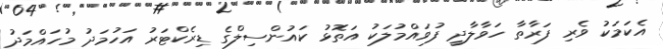
އެކަމަކު ވެރި ފަރާތާ ހަވާލާދީ ފުވައްމުލަކު އަތޮޅު ކައުންސިލްގެ ޑިރެކްޓަރު އަހުމަދު މުހައްމަދު